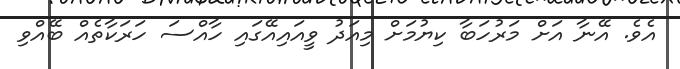
އެވެ. އޭނާ އަށް މަރުހަބާ ކިޔުމަށް މިއަދު ވީއައިއޭގައި ހާއްސަ ހަރަކާތެއް ބޭއްވި